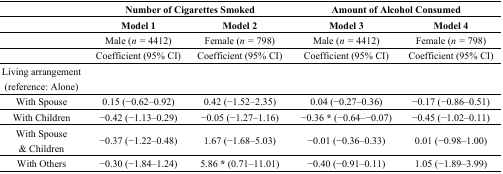
<table><thead><tr><td></td><td colspan="2"><b>Number of Cigarettes Smoked</b></td><td colspan="2"><b>Amount of Alcohol Consumed</b></td></tr><tr><td></td><td><b>Model 1</b></td><td><b>Model 2</b></td><td><b>Model 3</b></td><td><b>Model 4</b></td></tr></thead><tbody><tr><td></td><td>Male (<i>n =</i> 4412)</td><td>Female (<i>n =</i> 798)</td><td>Male (<i>n =</i> 4412)</td><td>Female (<i>n =</i> 798)</td></tr><tr><td></td><td>Coefficient (95% CI)</td><td>Coefficient (95% CI)</td><td>Coefficient (95% CI)</td><td>Coefficient (95% CI)</td></tr><tr><td>Living arrangement (reference: Alone)</td><td></td><td></td><td></td><td></td></tr><tr><td>With Spouse</td><td>0.15 (−0.62–0.92)</td><td>0.42 (−1.52–2.35)</td><td>0.04 (−0.27–0.36)</td><td>−0.17 (−0.86–0.51)</td></tr><tr><td>With Children</td><td>−0.42 (−1.13–0.29)</td><td>−0.05 (−1.27–1.16)</td><td>−0.36 * (−0.64–−0.07)</td><td>−0.45 (−1.02–0.11)</td></tr><tr><td>With Spouse &amp; Children</td><td>−0.37 (−1.22–0.48)</td><td>1.67 (−1.68–5.03)</td><td>−0.01 (−0.36–0.33)</td><td>0.01 (−0.98–1.00)</td></tr><tr><td>With Others</td><td>−0.30 (−1.84–1.24)</td><td>5.86 * (0.71–11.01)</td><td>−0.40 (−0.91–0.11)</td><td>1.05 (−1.89–3.99)</td></tr></tbody></table>